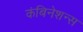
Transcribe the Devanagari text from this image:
कंबिनेशन्स